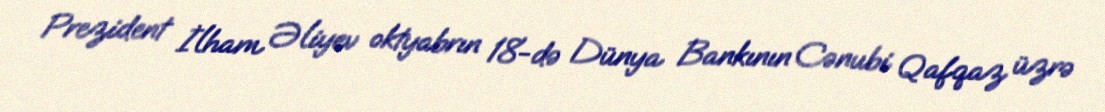
Prezident İlham Əliyev oktyabrın 18-də Dünya Bankının Cənubi Qafqaz üzrə